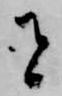
者